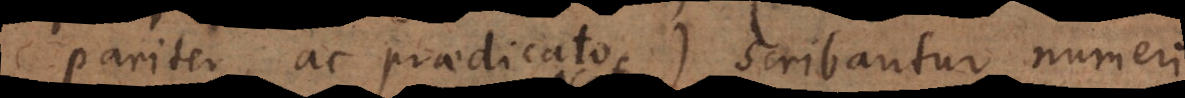
vel praedicato, scribantur numeri